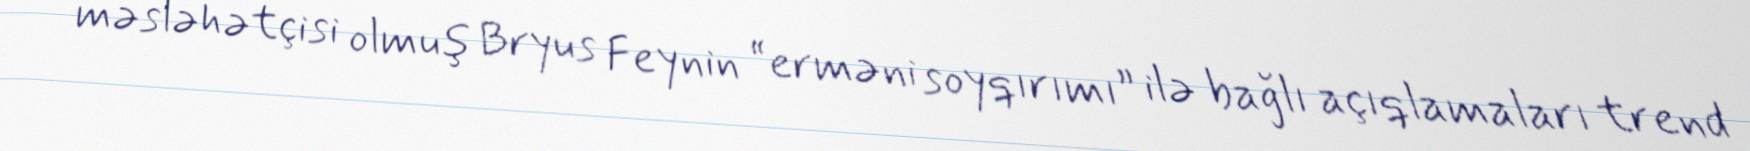
məsləhətçisi olmuş Bryus Feynin “erməni soyqırımı” ilə bağlı açıqlamaları trend